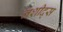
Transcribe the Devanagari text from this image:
नशीद्स